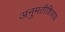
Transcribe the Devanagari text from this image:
अनुमतीशिवाय